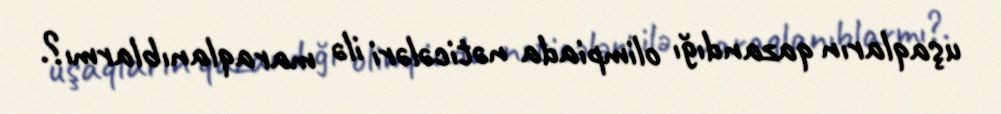
uşaqların qazandığı olimpiada nəticələri ilə maraqlanıblarmı?.